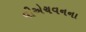
વીએચવનના